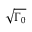
\sqrt { \Gamma _ { 0 } }